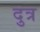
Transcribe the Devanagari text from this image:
दुत्र